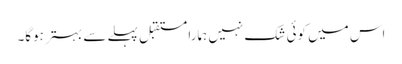
اس میں کوئی شک نہیں ہمارا مستقبل پہلے سے بہتر ہوگا۔